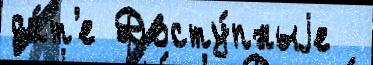
да́т'е Досту́пныjе